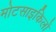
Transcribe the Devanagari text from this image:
मोटसाइकिलों